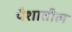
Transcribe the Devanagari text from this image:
पैशातील